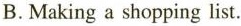
B.Making a shopping list.